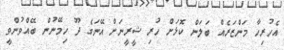
އެހުރިހާ މަންޒަރެއް ބަލަން ކޮޅަށް ހުރި ޝީރީނަށް އޭނަގެ ދޫ ހިމޭނުން ބޭއްވުންވީ